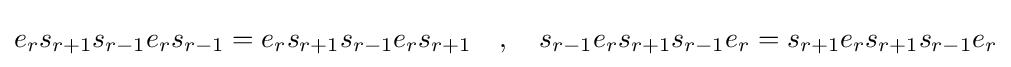
e_{r}s_{r+1}s_{r-1}e_{r}s_{r-1}=e_{r}s_{r+1}s_{r-1}e_{r}s_{r+1}\quad ,\quad s_{r-1}e_{r}s_{r+1}s_{r-1}e_{r}=s_{r+1}e_{r}s_{r+1}s_{r-1}e_{r}